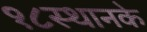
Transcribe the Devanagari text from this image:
१८स्थानके